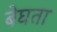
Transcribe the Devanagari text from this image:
बेघता